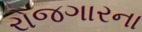
રોજગારના